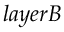
\boldsymbol { l a y e r B }